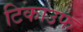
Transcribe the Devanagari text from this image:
टिकाउफ